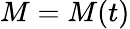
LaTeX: M=M(t)